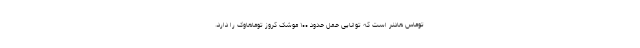
توماس هادنر است که توانایی حمل حدود ۱۰۰ موشک کروز توماهاوک را دارد.